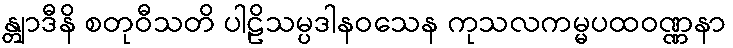
န္တျာဒီနိ စတုဝီသတိ ပါဠိသမ္ပဒါနဝသေန ကုသလကမ္မပထဝဏ္ဏနာ